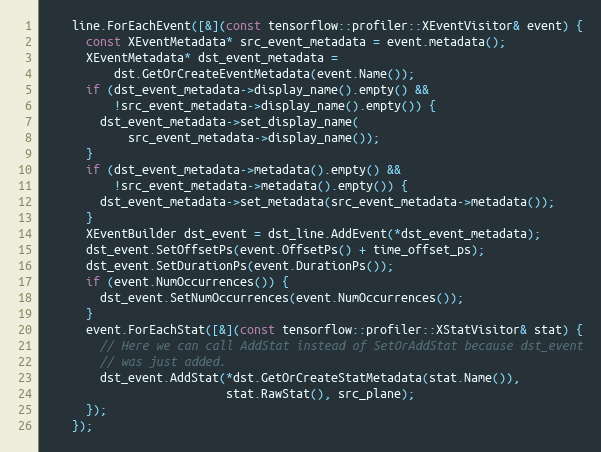
Language: C++
    line.ForEachEvent([&](const tensorflow::profiler::XEventVisitor& event) {
      const XEventMetadata* src_event_metadata = event.metadata();
      XEventMetadata* dst_event_metadata =
          dst.GetOrCreateEventMetadata(event.Name());
      if (dst_event_metadata->display_name().empty() &&
          !src_event_metadata->display_name().empty()) {
        dst_event_metadata->set_display_name(
            src_event_metadata->display_name());
      }
      if (dst_event_metadata->metadata().empty() &&
          !src_event_metadata->metadata().empty()) {
        dst_event_metadata->set_metadata(src_event_metadata->metadata());
      }
      XEventBuilder dst_event = dst_line.AddEvent(*dst_event_metadata);
      dst_event.SetOffsetPs(event.OffsetPs() + time_offset_ps);
      dst_event.SetDurationPs(event.DurationPs());
      if (event.NumOccurrences()) {
        dst_event.SetNumOccurrences(event.NumOccurrences());
      }
      event.ForEachStat([&](const tensorflow::profiler::XStatVisitor& stat) {
        // Here we can call AddStat instead of SetOrAddStat because dst_event
        // was just added.
        dst_event.AddStat(*dst.GetOrCreateStatMetadata(stat.Name()),
                          stat.RawStat(), src_plane);
      });
    });